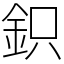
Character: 鉙